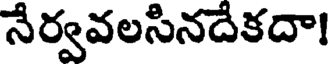
నేర్వవలసినదేకదా!